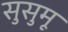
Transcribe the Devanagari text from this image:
सुसुमू